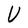
Character: U